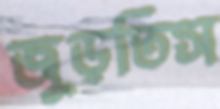
জুড়তিস